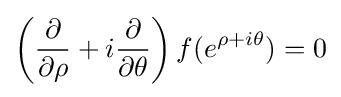
\left({\frac {\partial }{\partial \rho }}+i{\frac {\partial }{\partial \theta }}\right)f(e^{\rho +i\theta })=0